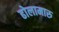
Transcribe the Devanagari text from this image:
ढोलामारु